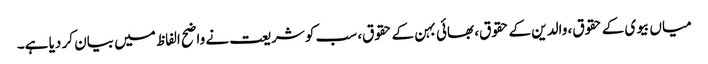
میاں بیوی کے حقوق، والدین کے حقوق، بھائی بہن کے حقوق، سب کو شریعت نے واضح الفاظ میں بیان کر دیا ہے۔